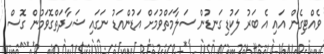
ވެއްޓިގެން އައި އެ ބަރު ލަކުޑިގަނޑުން ސަލާމަތްވުމަށް އަޑުންއަޑު ނަގައި ޝަހާދަތްގޮވަމުން ގޮސް